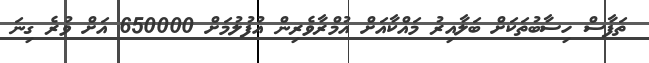
ތަފާސް ހިސާބުތަކަށް ބަލާއިރު މައްކާއަށް އުމްރާވެރިން އުފުލުމަށް 650000 އަށް ވުރެ ގިނަ